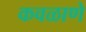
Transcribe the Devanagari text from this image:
कवळाणे